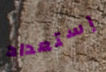
إستعداد